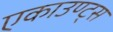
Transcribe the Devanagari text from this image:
एकाउण्ट्स